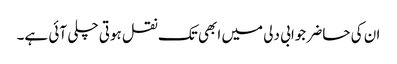
ان کی حاضر جوابی دلی میں ابھی تک نقل ہوتی چلی آئی ہے۔